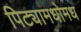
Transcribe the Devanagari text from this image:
पिट्यामधोमध